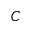
{ \cal C }